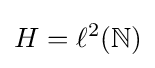
H=\ell ^{2}(\mathbb {N} )